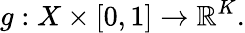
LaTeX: g:X\times\left[0,1\right]\rightarrow\mathbb{R}^{K}.